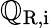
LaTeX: \mathbb{Q}_{\mathrm{{R,i}}}